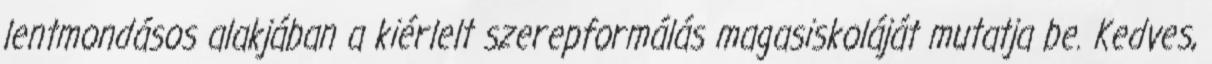
lentmondásos alakjában a kiérlelt szerepformálás magasiskoláját mutatja be. Kedves,